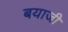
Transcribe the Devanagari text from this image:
बयाजी